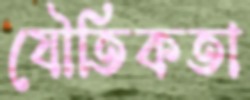
যৌতিকতা